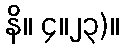
နိ။ ၄။၂၃)။